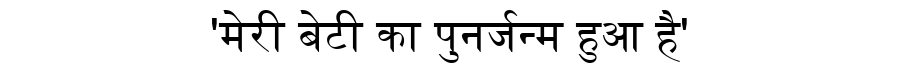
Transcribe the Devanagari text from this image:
'मेरी बेटी का पुनर्जन्म हुआ है'